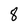
Character: 8